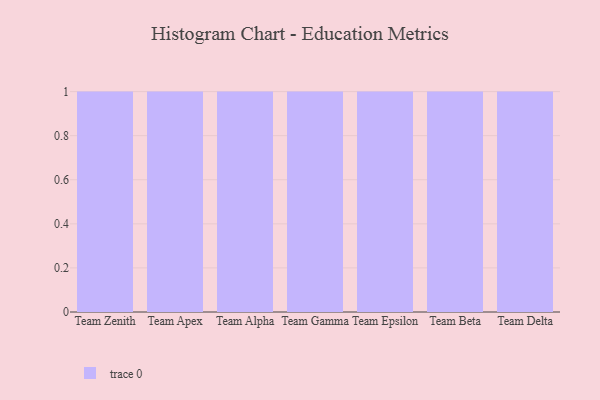
{"axis": {"x": "Team", "y": "Population (Million)"}, "legend": [""], "data": [{"x": "Team Zenith", "y": 9, "type": ""}, {"x": "Team Apex", "y": 75, "type": ""}, {"x": "Team Alpha", "y": 23, "type": ""}, {"x": "Team Gamma", "y": 100, "type": ""}, {"x": "Team Epsilon", "y": 94, "type": ""}, {"x": "Team Beta", "y": 94, "type": ""}, {"x": "Team Delta", "y": 71, "type": ""}]}